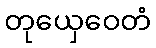
တုယှေဝေတံ